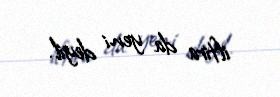
iftira da yeni deyil.